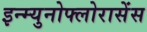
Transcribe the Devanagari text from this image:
इन्म्युनोफ्लोरासेंस